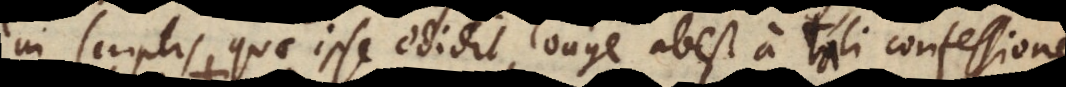
in scriptis, quae ipse edidit, longe abest a tali confessione